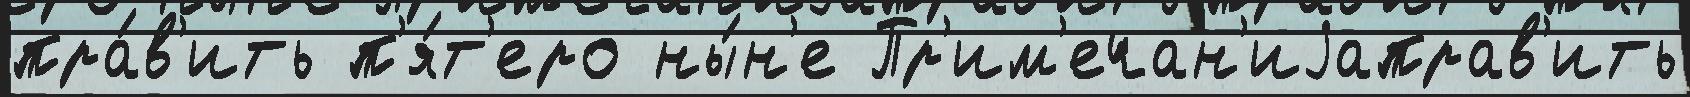
пра́в'ить п'я́т'еро ны́н'е Пр'им'ечан'иjаправ'ить